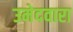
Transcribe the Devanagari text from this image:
उमेदवारा